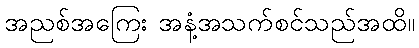
အညစ်အကြေး အနံ့အသက်စင်သည်အထိ။